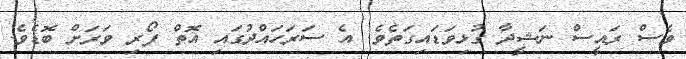
ވެސް ރައީސް ނަޝީދާ ގުޅިވަޑައިގަތެވެ. އެ ސަރަހައްދުގައި އޮތް ފޯރި ވަރަށް ބޮޑެވެ.